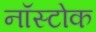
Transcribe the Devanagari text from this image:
नॉस्टोक